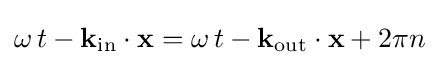
\omega \,t-\mathbf {k} _{\mathrm {in} }\cdot \mathbf {x} =\omega \,t-\mathbf {k} _{\mathrm {out} }\cdot \mathbf {x} +2\pi n